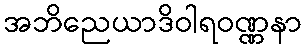
အဘိညေယာဒိဝါရဝဏ္ဏနာ